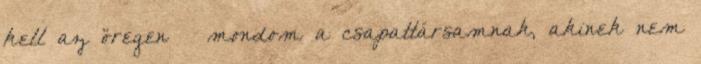
kell az öregen – mondom a csapattársamnak, akinek nem